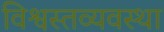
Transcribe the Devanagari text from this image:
विश्वस्तव्यवस्था